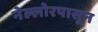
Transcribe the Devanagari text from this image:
नेल्लोरपासून